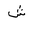
Letter: _shin